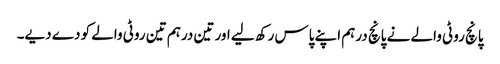
پانچ روٹی والے نے پانچ درہم اپنے پاس رکھ لیے اور تین درہم تین روٹی والے کو دے دیے۔